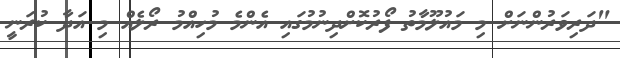
"ދަރިވަރުންނަށް މި މައުލޫމާތު ފޯރުކޮށްދިނުމުގައި އެންމެ މުހިއްމު ރޯލެއް މި އަދާ ކުރަނީ